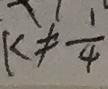
k \neq \frac { 1 } { 4 }